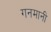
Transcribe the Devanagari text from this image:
गनमानी